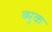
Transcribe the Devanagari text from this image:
ब्युक